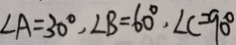
\angle A = 3 0 ^ { \circ } , \angle B = 6 0 ^ { \circ } , \angle C = 9 0 ^ { \circ }